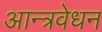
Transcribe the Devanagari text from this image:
आन्त्रवेधन